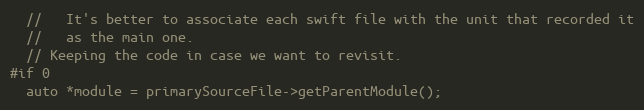
Language: C++
  //   It's better to associate each swift file with the unit that recorded it
  //   as the main one.
  // Keeping the code in case we want to revisit.
#if 0
  auto *module = primarySourceFile->getParentModule();